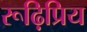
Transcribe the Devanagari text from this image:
रूढ़िप्रिय